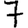
Digit: 7